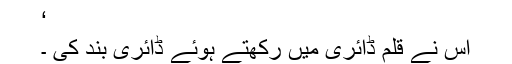
‘
اس نے قلم ڈائری میں رکھتے ہوئے ڈائری بند کی ۔